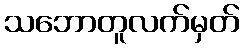
သဘောတူလက်မှတ်